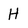
Character: H